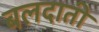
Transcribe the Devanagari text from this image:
बलदाती